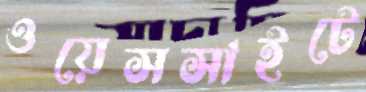
ওয়েসসাইটে